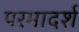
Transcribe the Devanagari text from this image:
परमादर्श